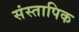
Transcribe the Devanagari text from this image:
संस्तापिक